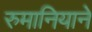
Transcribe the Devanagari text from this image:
रुमानियाने